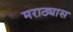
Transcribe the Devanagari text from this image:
मराठ्यास